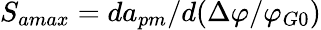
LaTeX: S_{amax}=d{a_{pm}}/d(\Delta\varphi/{\varphi_{G0}})